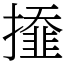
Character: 𢶍